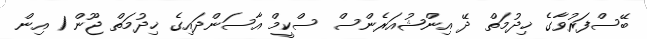
ބޭސްފަރުވާގެ ޚިދުމަތް ދޭ އިންޝުއަރެންސް ސްކީމް އާސަންދައިގެ ޚިދުމަތް ޖޫން 1 އިން